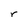
Character: r